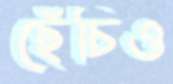
ছেঁচিও